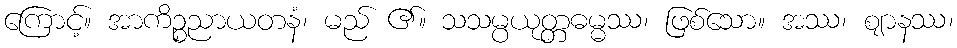
ကြောင့်။ အာကိဉ္စညာယတနံ၊ မည် ၏။ သသမ္ပယုတ္တဓမ္မဿ၊ ဖြစ်သော။ အဿ၊ ဈာနဿ၊